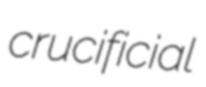
crucificial